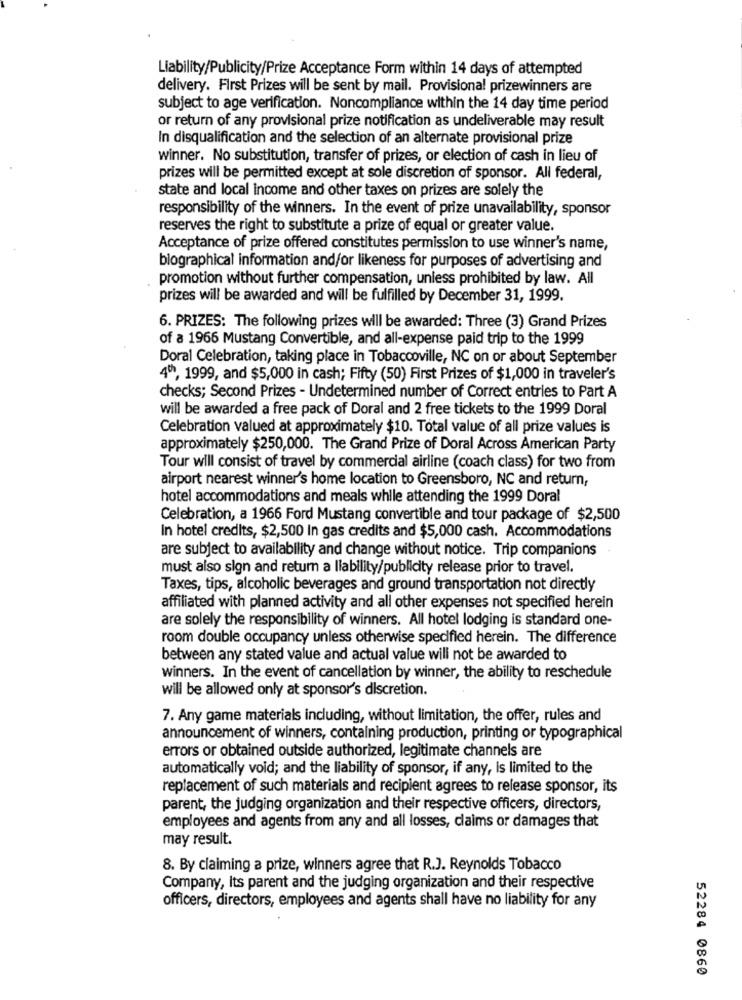
Liability/Publicity/Prize Acceptance Form within 14 days of attempted
delivery. First Prizes will be sent by mail. Provisional prizewinners are
subject to age verification. Noncompliance within the 14 day time period
or return of any provisional prize notification as undeliverable may result
In disqualification and the selection of an alternate provisional prize
winner. No substitution, transfer of prizes, or election of cash in lieu of
prizes will be permitted except at sole discretion of sponsor. All federal,
state and local income and other taxes on prizes are solely the
responsibility of the winners. In the event of prize unavailability, sponsor
reserves the right to substitute a prize of equal or greater value.
Acceptance of prize offered constitutes permission to use winner's name,
biographical information and/or likeness for purposes of advertising and
promotion without further compensation, unless prohibited by law. All
prizes will be awarded and will be fulfilled by December 31, 1999.
6. PRIZES: The following prizes will be awarded: Three (3) Grand Prizes
of a 1966 Mustang Convertible, and all-expense paid trip to the 1999
Doral Celebration, taking place in Tobaccoville, NC on or about September
4ºh, 1999, and $5,000 in cash; Fifty (50) First Prizes of $1,000 in traveler's
checks; Second Prizes - Undetermined number of Correct entries to Part A
will be awarded a free pack of Doral and 2 free tickets to the 1999 Doral
Celebration valued at approximately $10. Total value of all prize values is
approximately $250,000. The Grand Prize of Doral Across American Party
Tour will consist of travel by commercial airline (coach class) for two from
airport nearest winner's home location to Greensboro, NC and return,
hotel accommodations and meals while attending the 1999 Doral
Celebration, a 1966 Ford Mustang convertible and tour package of $2,500
In hotel credits, $2,500 In gas credits and $5,000 cash. Accommodations
are subject to availability and change without notice. Trip companions
must also sign and return a liability/publicity release prior to travel.
Taxes, tips, alcoholic beverages and ground transportation not directly
affiliated with planned activity and all other expenses not specified herein
are solely the responsibility of winners. All hotel lodging is standard one-
room double occupancy unless otherwise specified herein. The difference
between any stated value and actual value will not be awarded to
winners. In the event of cancellation by winner, the ability to reschedule
will be allowed only at sponsor's discretion.
7. Any game materials including, without limitation, the offer, rules and
announcement of winners, containing production, printing or typographical
errors or obtained outside authorized, legitimate channels are
automatically void; and the liability of sponsor, if any, Is limited to the
replacement of such materials and recipient agrees to release sponsor, its
parent, the judging organization and their respective officers, directors,
employees and agents from any and all losses, claims or damages that
may result.
8. By claiming a prize, winners agree that R.J. Reynolds Tobacco
Company, its parent and the judging organization and their respective
officers, directors, employees and agents shall have no liability for any
52284 0860